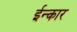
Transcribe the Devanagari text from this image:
ईन्कार